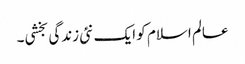
عالم اسلام کو ایک نئی زندگی بخشی۔